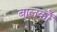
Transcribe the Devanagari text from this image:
बालकोँ